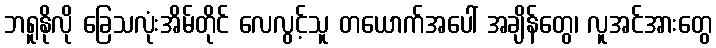
ဘရူနိုလို ခြေသလုံးအိမ်တိုင် လေလွင့်သူ တယောက်အပေါ် အချိန်တွေ၊ လူအင်အားတွေ